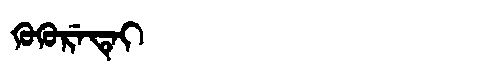
Manchu: ᡴᡠᡴᡠᡵᡝᡨᡝᡳ
Romanization: KUKURETEI